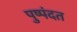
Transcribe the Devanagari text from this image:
पुष्पंदत